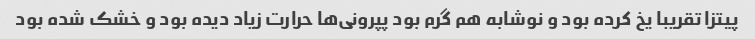
پیتزا تقریبا یخ کرده بود و نوشابه هم گرم بود پپرونی‌ها حرارت زیاد دیده بود و خشک شده بود